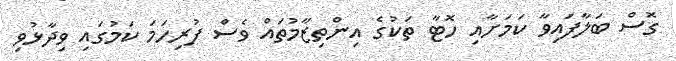
ގޮސް ބަލާފައިވާ ކަމަށާއި ހޮޓާ ތަކުގެ އިންތިޒާމުތައް ވެސް ފުރިހަމަ ކަމުގައި ވިދާޅުވި